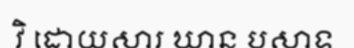
វិ ដោយសារ ឃាន បសាទ